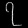
Digit: ၇